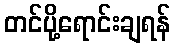
တင်ပို့ရောင်းချရန်